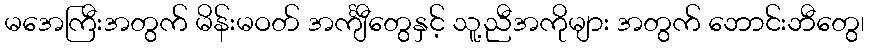
မအေကြီးအတွက် မိန်းမဝတ် အင်္ကျီတွေနှင့် သူ့ညီအကိုများ အတွက် ဘောင်းဘီတွေ၊